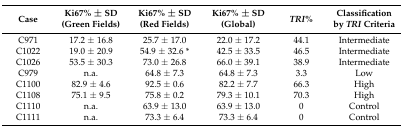
<table><thead><tr><td><b>Case</b></td><td><b>Ki67% ± SD (Green Fields)</b></td><td><b>Ki67% ± SD (Red Fields)</b></td><td><b>Ki67% ± SD (Global)</b></td><td><b><i>TRI</i>%</b></td><td><b>Classification by <i>TRI</i> Criteria</b></td></tr></thead><tbody><tr><td>C971</td><td>17.2 ± 16.8</td><td>25.7 ± 17.0</td><td>22.0 ± 17.2</td><td>44.1</td><td>Intermediate</td></tr><tr><td>C1022</td><td>19.0 ± 20.9</td><td>54.9 ± 32.6 *</td><td>42.5 ± 33.5</td><td>46.5</td><td>Intermediate</td></tr><tr><td>C1026</td><td>53.5 ± 30.3</td><td>73.0 ± 26.8</td><td>66.0 ± 39.1</td><td>38.9</td><td>Intermediate</td></tr><tr><td>C979</td><td>n.a.</td><td>64.8 ± 7.3</td><td>64.8 ± 7.3</td><td>3.3</td><td>Low</td></tr><tr><td>C1100</td><td>82.9 ± 4.6</td><td>92.5 ± 0.6</td><td>82.2 ± 7.7</td><td>66.3</td><td>High</td></tr><tr><td>C1108</td><td>75.1 ± 9.5</td><td>75.8 ± 0.2</td><td>79.3 ± 10.1</td><td>70.3</td><td>High</td></tr><tr><td>C1110</td><td>n.a.</td><td>63.9 ± 13.0</td><td>63.9 ± 13.0</td><td>0</td><td>Control</td></tr><tr><td>C1111</td><td>n.a.</td><td>73.3 ± 6.4</td><td>73.3 ± 6.4</td><td>0</td><td>Control</td></tr></tbody></table>